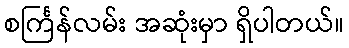
စင်္ကြန်လမ်း အဆုံးမှာ ရှိပါတယ်။